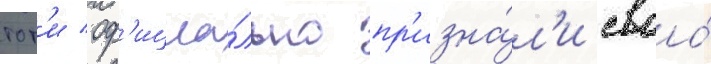
тот'и оф'ициа́льно пр'изна́л'и своо́